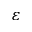
\varepsilon